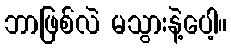
ဘာဖြစ်လဲ မသွားနဲ့ပေါ့။